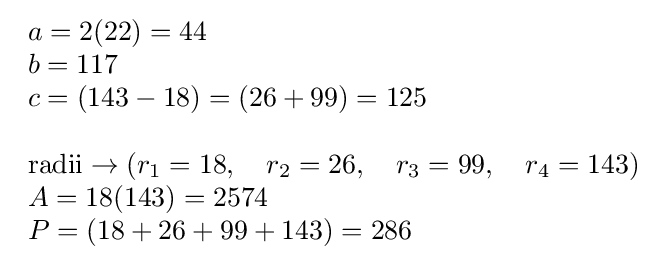
{\begin{array}{l}a=2(22)=44\\b=117\\c=(143-18)=(26+99)=125\\\\{\text{radii}}\to (r_{1}=18,\quad r_{2}=26,\quad r_{3}=99,\quad r_{4}=143)\\A=18(143)=2574\\P=(18+26+99+143)=286\end{array}}